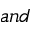
a n d